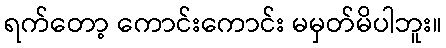
ရက်တော့ ကောင်းကောင်း မမှတ်မိပါဘူး။